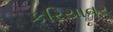
કરિયાવર